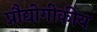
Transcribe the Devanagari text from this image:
प्रौद्योगीकीय